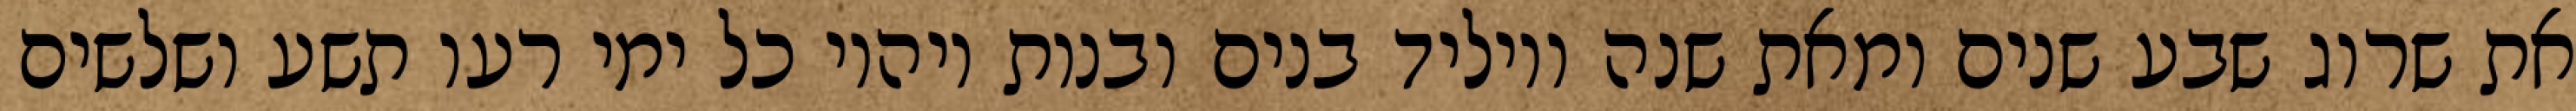
את שרוג שבע שנים ומאת שנה ויוליד בנים ובנות ויהיו כל ימי רעו תשע ושלשים